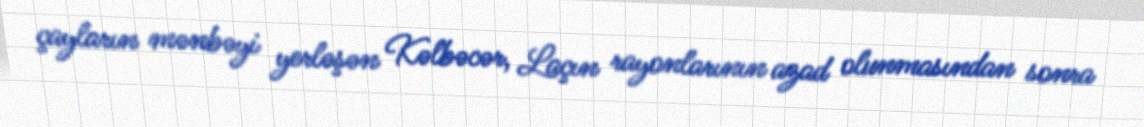
çayların mənbəyi yerləşən Kəlbəcər, Laçın rayonlarının azad olunmasından sonra